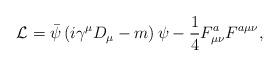
LaTeX: \begin{align*}{\cal L}=\bar \psi\left(i\gamma^{\mu}D_{\mu}-m\right)\psi-{1 \over 4}F_{\mu\nu}^a F^{a\mu\nu} ,\end{align*}